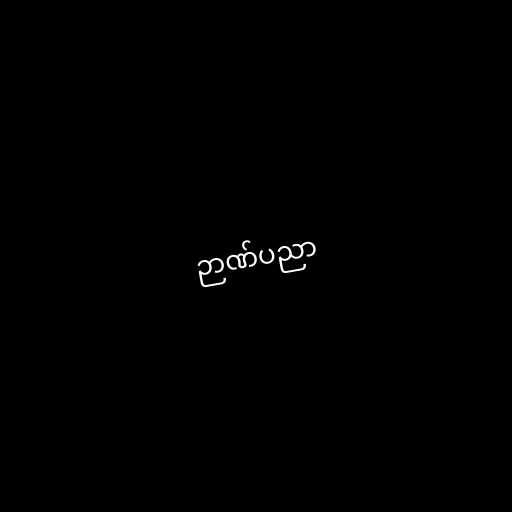
ဉာဏ်ပညာ